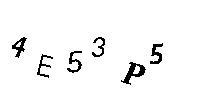
4E52P5